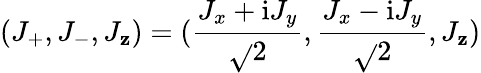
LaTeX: (J_{+},J_{-},J_{\mathbf{z}})=(\frac{{J_{x}+\mathrm{{i}}J_{y}}}{{\sqrt{}{{2}}}},\frac{{J_{x}-\mathrm{{i}}J_{y}}}{{\sqrt{}{{2}}}},J_{\mathbf{z}})